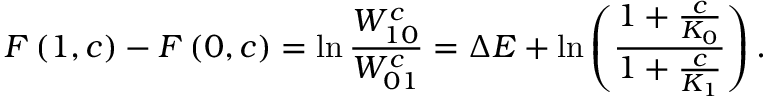
F \left( 1 , c \right) - F \left( 0 , c \right) = \ln \frac { W _ { 1 0 } ^ { c } } { W _ { 0 1 } ^ { c } } = \Delta E + \ln \left( \frac { 1 + \frac { c } { K _ { 0 } } } { 1 + \frac { c } { K _ { 1 } } } \right) .